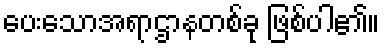
ပေးသောအရာဌာနတစ်ခု ဖြစ်ပါ၏။